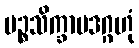
ပဉ္စသိက္ခာပဒဂ္ဂဟုံ